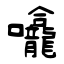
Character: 㘛